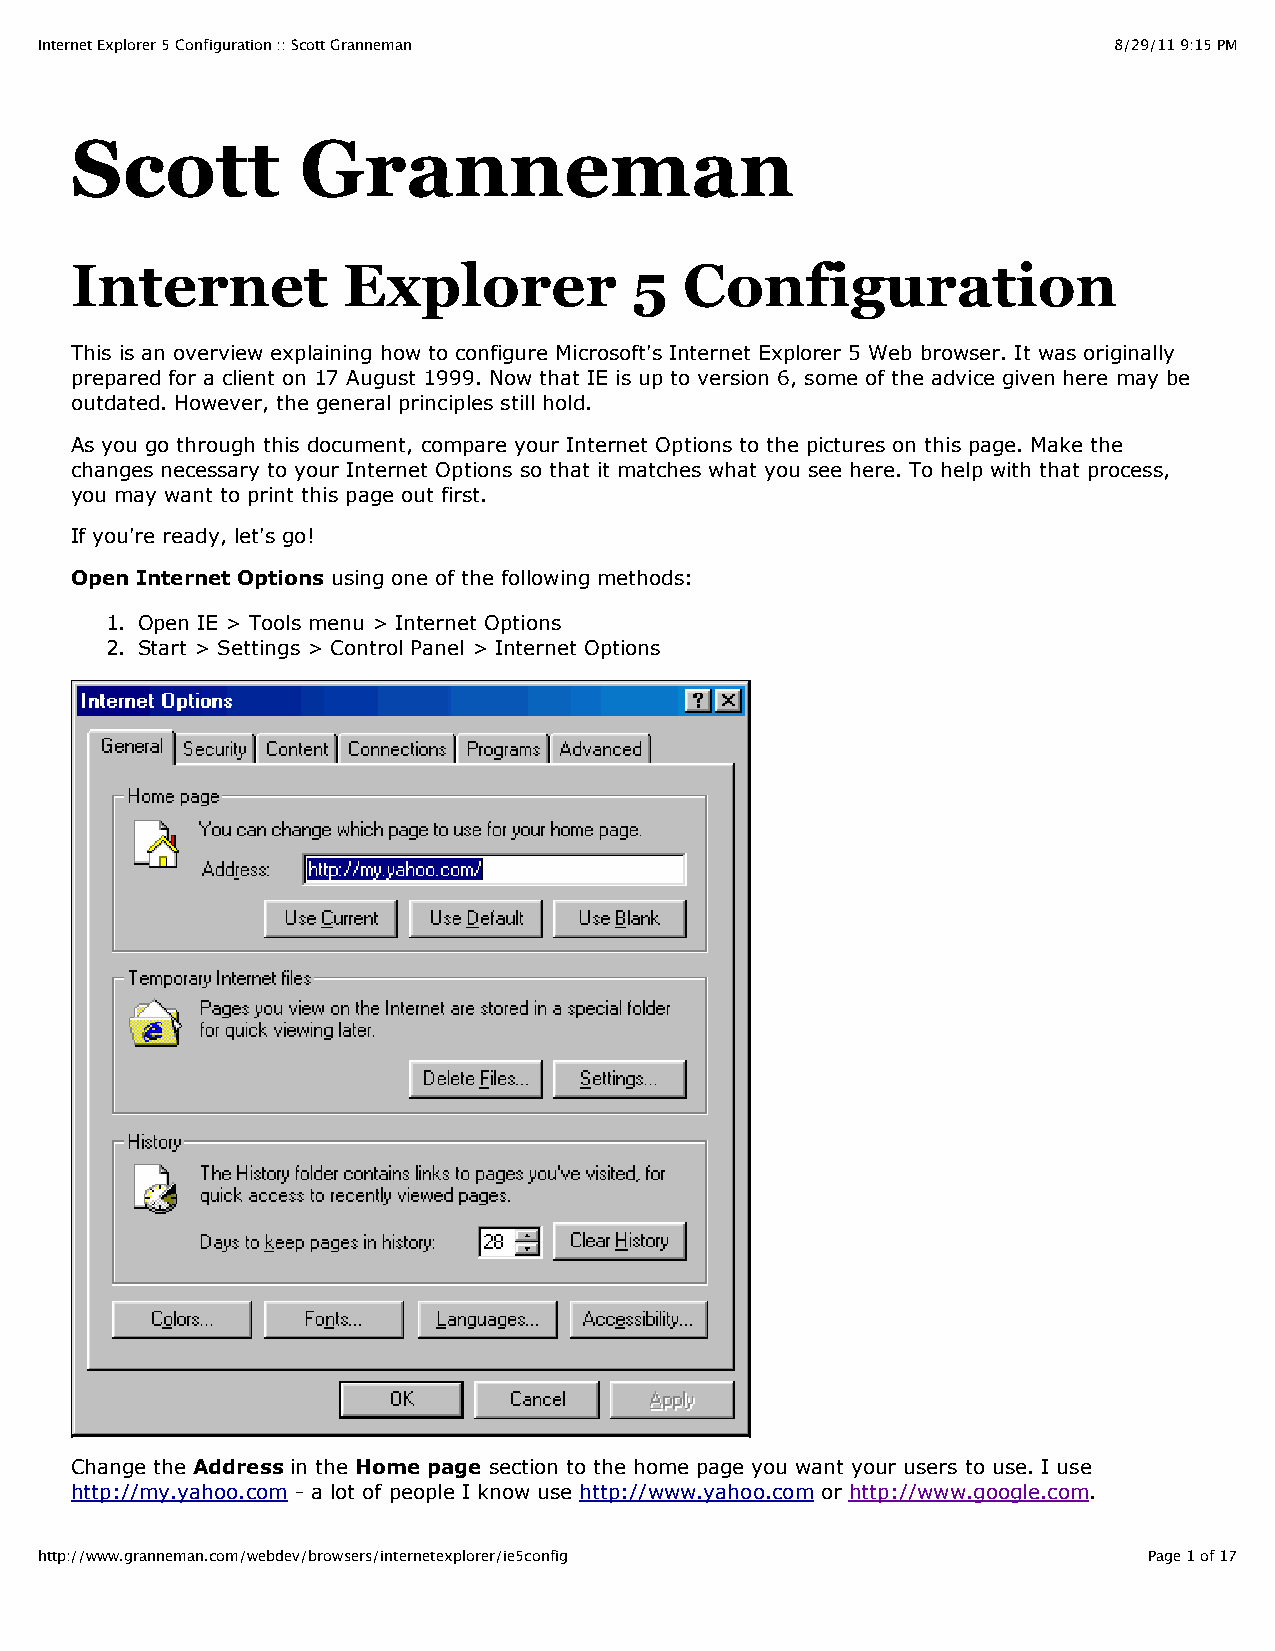
Internet Explorer 5 Configuration :: Scott Granneman                    8/29/11 9:15 PM
 Scott          Granneman
 Internet          Explorer           5  Configuration
 This is an overview explaining how to configure Microsoft's Internet Explorer 5 Web browser. It was originally
 prepared for a client on 17 August 1999. Now that IE is up to version 6, some of the advice given here may be
 outdated. However, the general principles still hold.
 As you go through this document, compare your Internet Options to the pictures on this page. Make the
 changes necessary to your Internet Options so that it matches what you see here. To help with that process,
 you may want to print this page out first.
 If you're ready, let's go!
 Open Internet Options using one of the following methods:
 1. Open IE > Tools menu > Internet Options
 2. Start > Settings > Control Panel > Internet Options
 Change the Address in the Home page section to the home page you want your users to use. I use
 http://my.yahoo.com - a lot of people I know use http://www.yahoo.com or http://www.google.com.
 http://www.granneman.com/webdev/browsers/internetexplorer/ie5config       Page 1 of 17